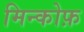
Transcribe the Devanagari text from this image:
मिन्कोफ़